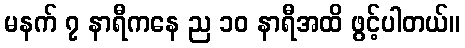
မနက် ၇ နာရီကနေ ည ၁၀ နာရီအထိ ဖွင့်ပါတယ်။